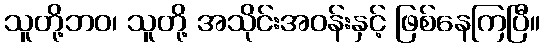
သူတို့ဘဝ၊ သူတို့ အသိုင်းအဝန်းနှင့် ဖြစ်နေကြပြီ။